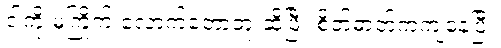
ငါ့ကို မကြိုက် လောက်တော့ဘူးဆိုပြီး စိတ်ဓာတ်ကကျနေပြီ။